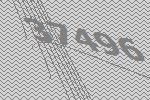
37496